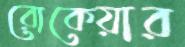
রোকেয়ার